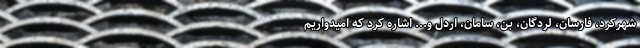
شهرکرد، فارسان، لردگان، بن، سامان، اردل و... اشاره کرد که امیدواریم